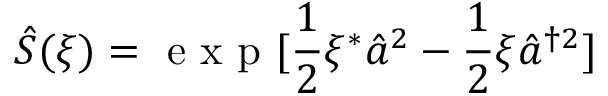
\hat { S } ( \xi ) = \mathrm { ~ e ~ x ~ p ~ } [ \frac { 1 } { 2 } \xi ^ { \ast } \hat { a } ^ { 2 } - \frac { 1 } { 2 } \xi \hat { a } ^ { \dag 2 } ]